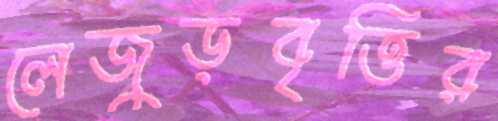
লেজুড়বৃত্তির